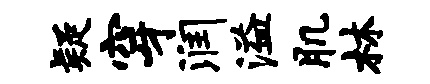
疑穿润溢肌林